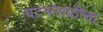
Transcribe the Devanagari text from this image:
घटनांसाठीचा